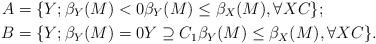
LaTeX: \begin{align*}A & =\{Y;\beta_{Y}(M)<0\beta_{Y}(M)\leq\beta_{X}(M),\text{}\forall XC\};\\B & =\{Y;\beta_{Y}(M)=0Y\supseteq C_{1}\beta_{Y}(M)\leq\beta_{X}(M),\forall XC\}.\end{align*}